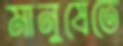
মানুষেতে